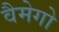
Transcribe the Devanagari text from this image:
वैमेगो